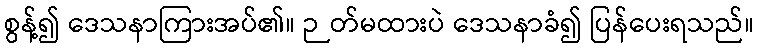
စွန့်၍ ဒေသနာကြားအပ်၏။ ဉတ်မထားပဲ ဒေသနာခံ၍ ပြန်ပေးရသည်။